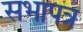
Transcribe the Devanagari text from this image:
सभापत्र